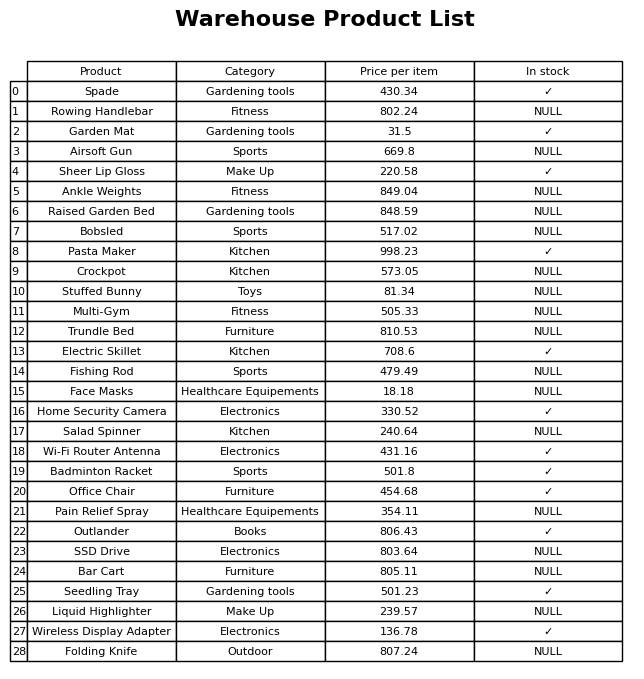
question: What category does the Bobsled belong to?
answer: Sports